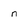
Character: n